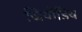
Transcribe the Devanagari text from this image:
जियोडिय